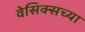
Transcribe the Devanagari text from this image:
वेसिक्सच्या